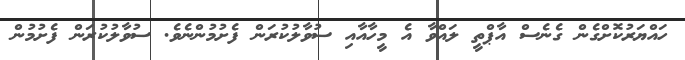
ހައްޔަރުކޮށްގެން ގެނެސް އާޕްތީ ލައްވާ އެ މީހާއާއި ސުވާލުކުރަން ފެށުމުންނެވެ. ސުވާލުކުރަން ފެށުމުން